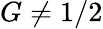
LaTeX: G\neq 1/2